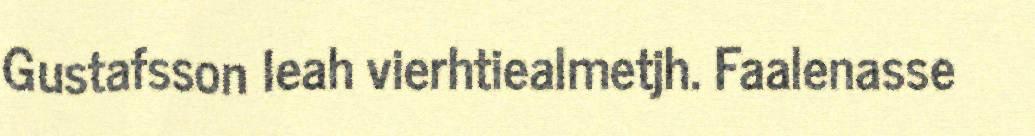
Gustafsson leah vierhtiealmetjh. Faalenasse